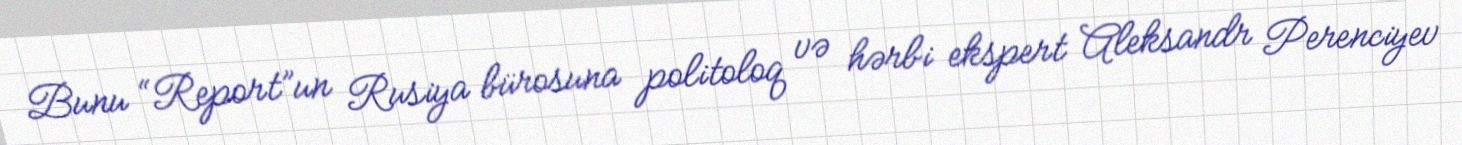
Bunu “Report”un Rusiya bürosuna politoloq və hərbi ekspert Aleksandr Perenciyev